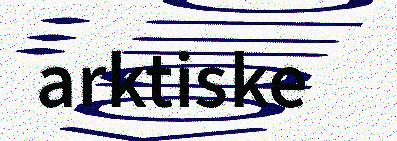
arktiske